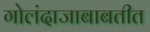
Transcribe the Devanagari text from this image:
गोलंदाजाबाबतीत